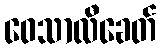
ဝေသာလီခေတ်